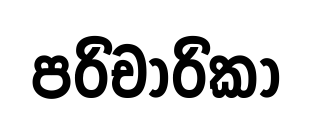
පරිචාරිකා